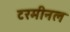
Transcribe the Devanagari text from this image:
टरमीनल